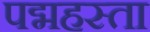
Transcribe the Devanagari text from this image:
पद्महस्ता